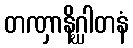
တဏှာနိဂ္ဃါတနံ